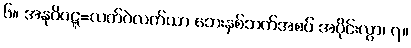
၆။ အနုဝိဝဋ္ဋ=လက်ဝဲလက်ယာ ဘေးနှစ်ဘက်အစပ် အပိုင်းလွှာ၊ ၇။